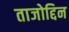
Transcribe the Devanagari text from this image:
ताजोद्दिन